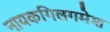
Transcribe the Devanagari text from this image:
नायकगिलगमेश